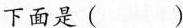
下面是()